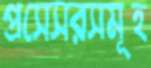
প্রসেসরসমূহ